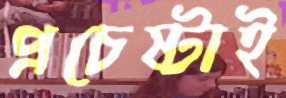
প্রচেষ্টাই